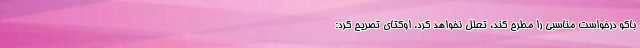
باکو درخواست مناسبی را مطرح کند، تعلل نخواهد کرد. اوکتای تصریح کرد: